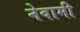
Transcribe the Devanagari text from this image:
नेवामी